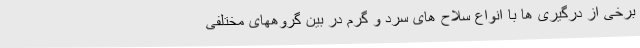
برخی از درگیری ها با انواع سلاح های سرد و گرم در بین گروههای مختلفی